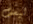
ليست